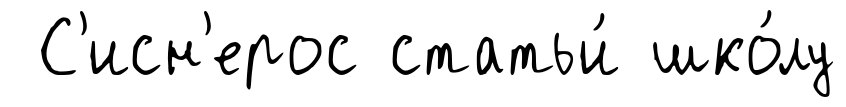
С'исн'ерос статьи́ шко́лу